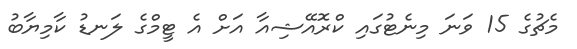
މެޗުގެ 15 ވަނަ މިނެޓުގައި ކްރޮއޭޝިއާ އަށް އެ ޓީމްގެ ލަނޑު ކާމިޔާބު